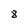
Character: 8